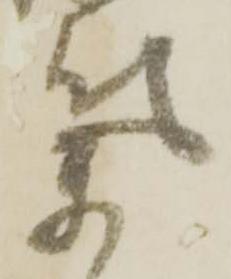
気